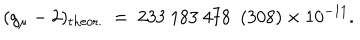
LaTeX: ( g _ { \mu } - 2 ) _ { \mathrm { t h e o r . } } ~ = ~ 2 3 3 ~ 1 8 3 ~ 4 7 8 ~ ~ ( 3 0 8 ) \times 1 0 ^ { - 1 1 } .